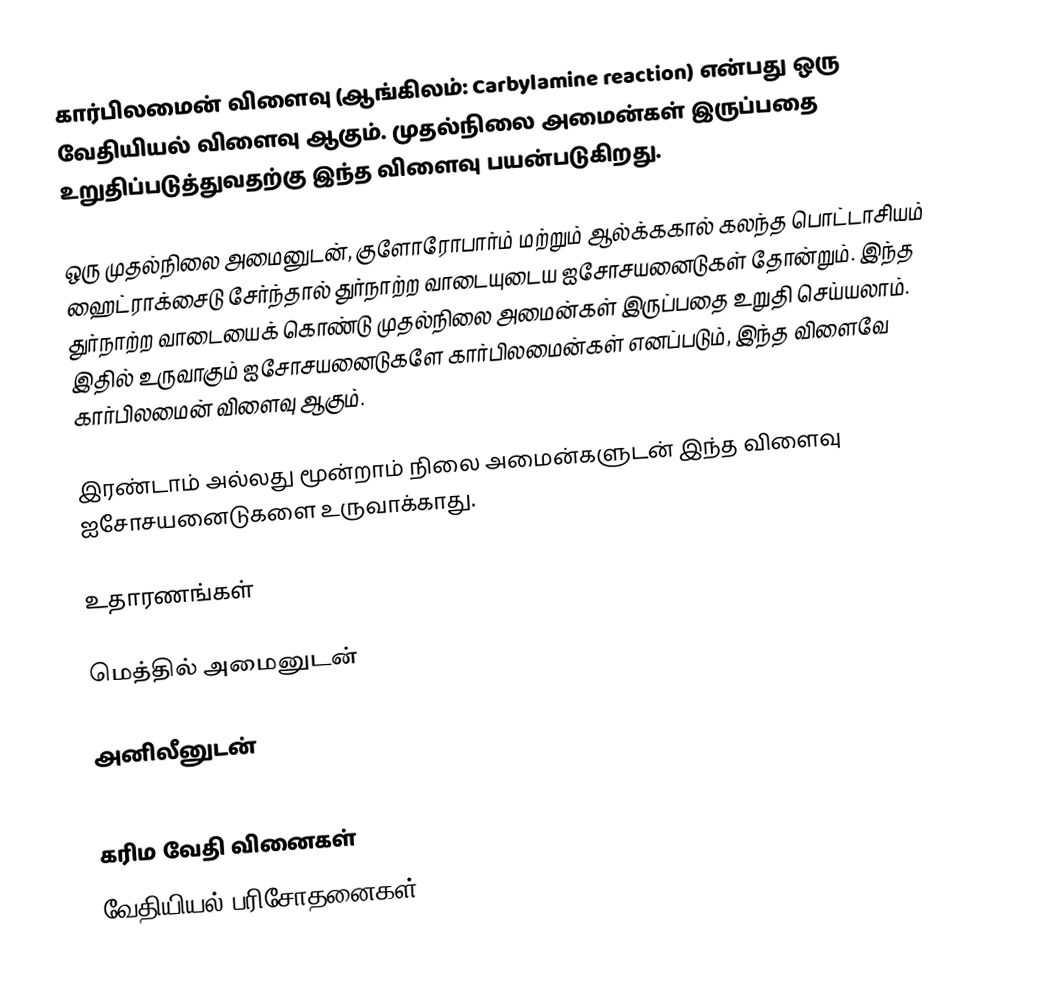
கார்பிலமைன் விளைவு (ஆங்கிலம்: Carbylamine reaction) என்பது ஒரு வேதியியல் விளைவு ஆகும். முதல்நிலை அமைன்கள் இருப்பதை உறுதிப்படுத்துவதற்கு இந்த விளைவு பயன்படுகிறது.

ஒரு முதல்நிலை அமைனுடன், குளோரோபார்ம் மற்றும் ஆல்க்ககால் கலந்த பொட்டாசியம் ஹைட்ராக்சைடு சேர்ந்தால் துர்நாற்ற வாடையுடைய ஐசோசயனைடுகள் தோன்றும். இந்த துர்நாற்ற வாடையைக் கொண்டு முதல்நிலை அமைன்கள் இருப்பதை உறுதி செய்யலாம். இதில் உருவாகும் ஐசோசயனைடுகளே கார்பிலமைன்கள் எனப்படும், இந்த விளைவே கார்பிலமைன் விளைவு ஆகும்.

இரண்டாம் அல்லது மூன்றாம் நிலை அமைன்களுடன் இந்த விளைவு ஐசோசயனைடுகளை உருவாக்காது.

உதாரணங்கள்

மெத்தில் அமைனுடன்

அனிலீனுடன்

கரிம வேதி வினைகள்
வேதியியல் பரிசோதனைகள்